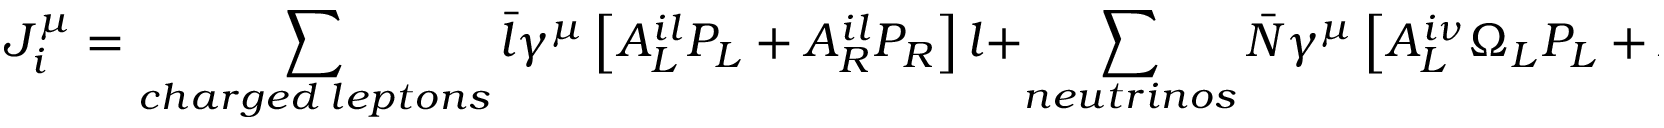
J _ { i } ^ { \mu } = \sum _ { c h a r g e d \; l e p t o n s } \bar { l } { \gamma } ^ { \mu } \left[ A _ { L } ^ { i l } P _ { L } + A _ { R } ^ { i l } P _ { R } \right] l + \sum _ { n e u t r i n o s } \bar { N } { \gamma } ^ { \mu } \left[ A _ { L } ^ { i \nu } \Omega _ { L } P _ { L } + A _ { R } ^ { i \nu } \Omega _ { R } P _ { R } \right] N ,